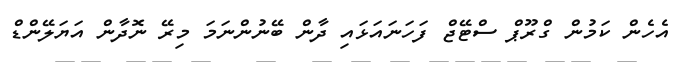
އެހެން ކަމުން ގްރޫޕް ސްޓޭޖް ފަހަނައަޅައި ދާން ބޭނުންނަމަ މިރޭ ނޮދާން އަޔަލޭންޑް